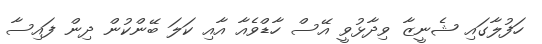
ހަފުލާގައި ޝެނީޒާ ވިދާޅުވީ އޭސް ހާޑްވެއާ އާއި ކަލަ ބޭންކުން ދިން ފައިސާ